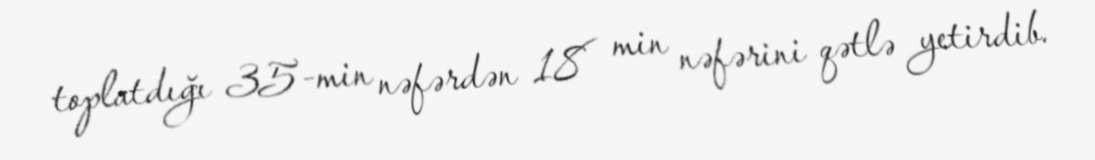
toplatdığı 35-min nəfərdən 18 min nəfərini qətlə yetirdib.